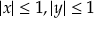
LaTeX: | x | \leq 1 , | y | \leq 1